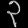
Digit: ၃